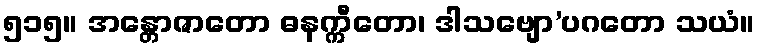
၅၁၅။ အန္တောဇာတော ဓနက္ကီတော၊ ဒါသဗျော’ပဂတော သယံ။